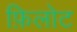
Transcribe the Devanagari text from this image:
फ़िलोट